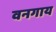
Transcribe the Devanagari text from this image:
वनगाय